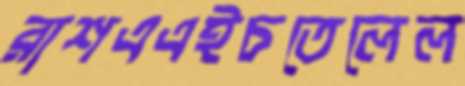
রাশএএইচতেলেল